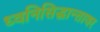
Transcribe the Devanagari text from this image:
ध्वनिसिद्धान्तावर